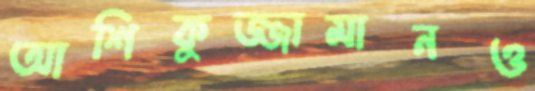
আশিকুজ্জামানও